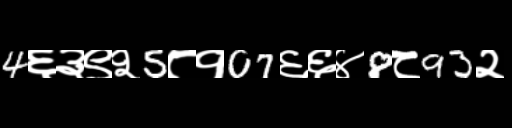
Text: 4६३९२5८१07६६४8८93२